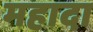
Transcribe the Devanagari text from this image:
महादा